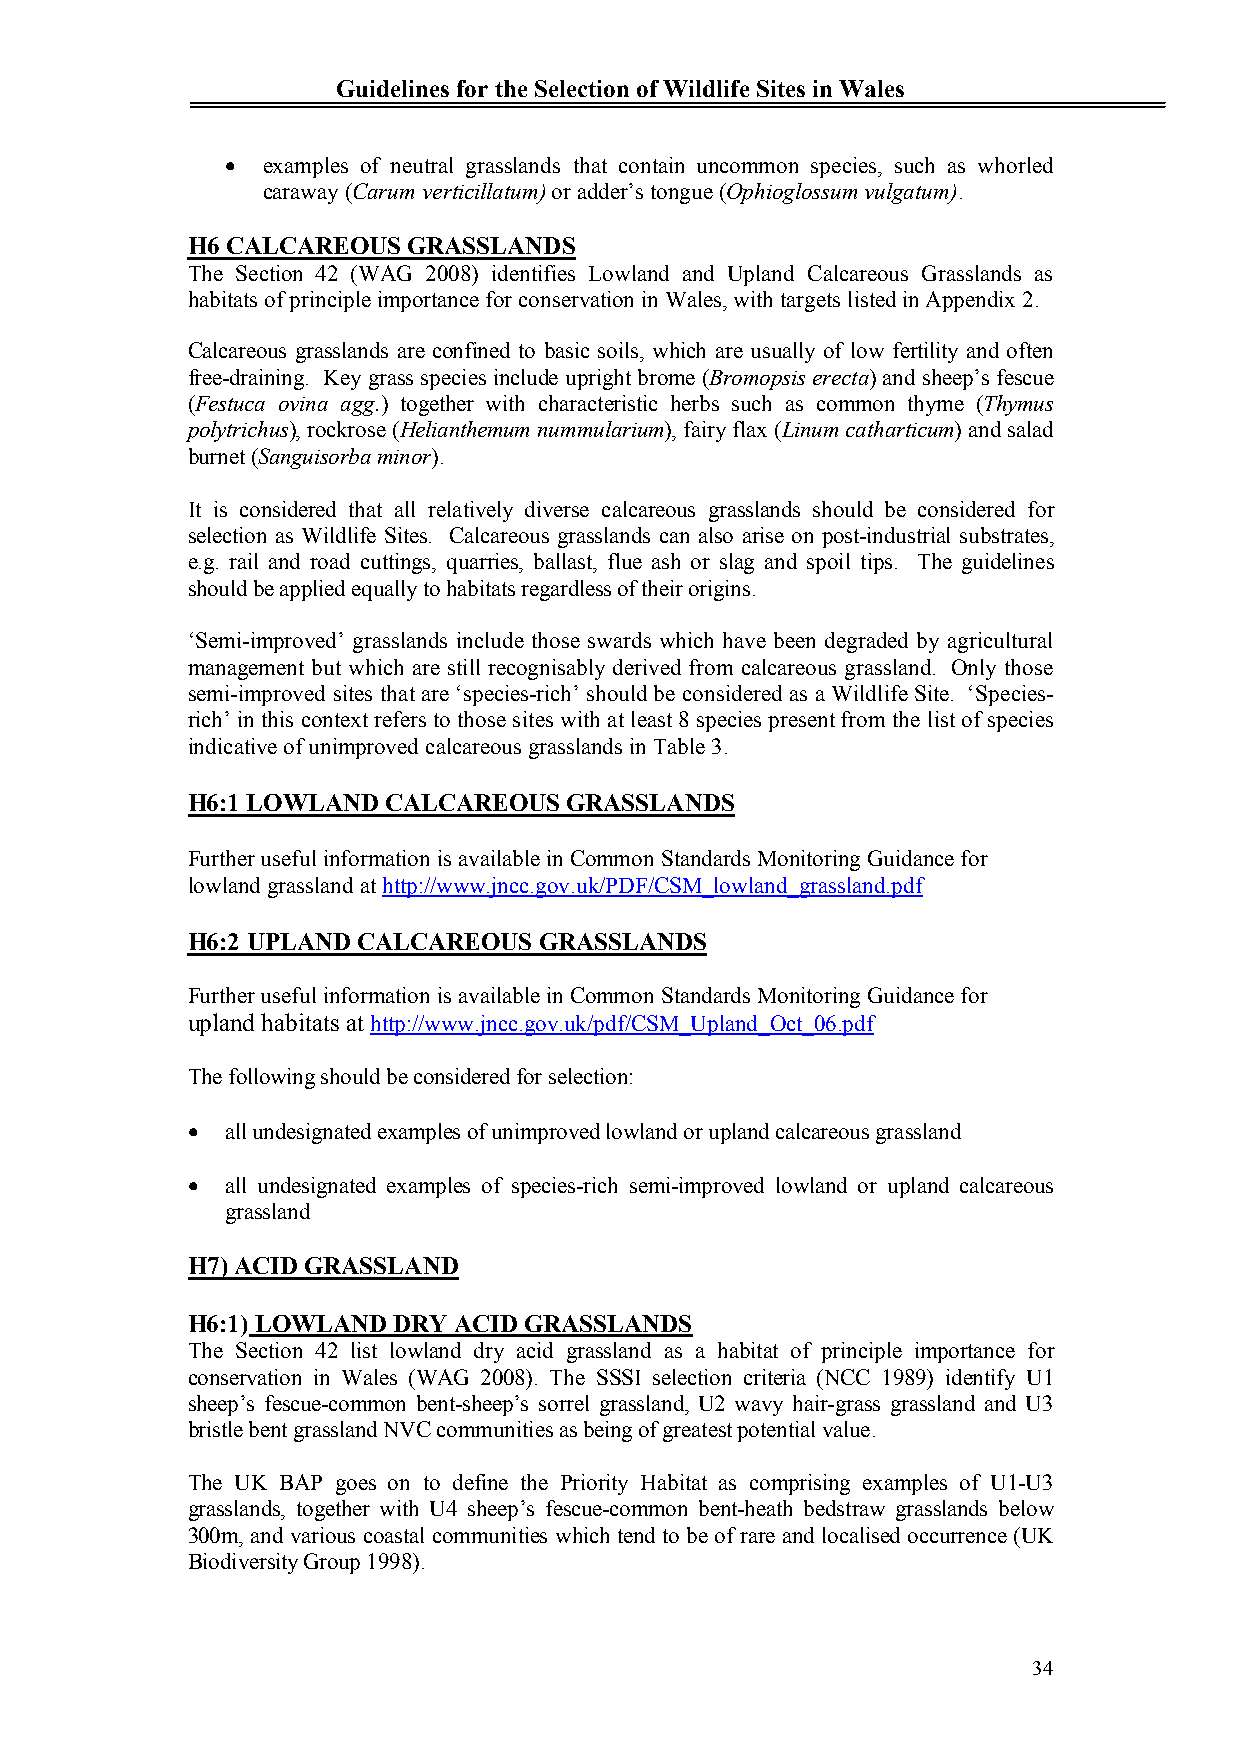
Guidelines for the Selection of Wildlife Sites in Wales
  examples of neutral grasslands that contain uncommon species, such as whorled
 caraway (Carum verticillatum) or adder’s tongue (Ophioglossum vulgatum).
 H6 CALCAREOUS  GRASSLANDS
 The Section 42 (WAG 2008) identifies Lowland and Upland Calcareous Grasslands as
 habitats ofprinciple importance for conservation in Wales, with targets listed in Appendix 2.
 Calcareous grasslands are confined to basic soils, which are usually of low fertility and often
 free-draining. Key grass species include upright brome (Bromopsis erecta) and sheep’s fescue
 (Festuca ovina agg.) together with characteristic herbs such as common thyme (Thymus
 polytrichus), rockrose (Helianthemum nummularium), fairy flax (Linum catharticum) and salad
 burnet (Sanguisorba minor).
 It is considered that all relatively diverse calcareous grasslands should be considered for
 selection as Wildlife Sites. Calcareous grasslands can also arise on post-industrial substrates,
 e.g. rail and road cuttings, quarries, ballast, flue ash or slag and spoil tips. The guidelines
 should be applied equally to habitats regardless of their origins.
 ‘Semi-improved’ grasslands include those swards which have been degraded by agricultural
 management but which are still recognisably derived from calcareous grassland. Only those
 semi-improved sites that are ‘species-rich’ should be considered as a Wildlife Site. ‘Species-
 rich’ in this context refers to those sites with at least 8 species present from the list of species
 indicative of unimproved calcareous grasslands in Table 3.
 H6:1 LOWLAND CALCAREOUS  GRASSLANDS
 Further useful information is available in Common Standards Monitoring Guidance for
 lowland grassland at http://www.jncc.gov.uk/PDF/CSM_lowland_grassland.pdf
 H6:2 UPLAND CALCAREOUS  GRASSLANDS
 Further useful information is available in Common Standards Monitoring Guidance for
 upland habitats at http://www.jncc.gov.uk/pdf/CSM_Upland_Oct_06.pdf
 The following should be considered for selection:
   all undesignated examples of unimproved lowland or upland calcareous grassland
   all undesignated examples of species-rich semi-improved lowland or upland calcareous
 grassland
 H7) ACID GRASSLAND
 H6:1) LOWLAND DRY ACID GRASSLANDS
 The Section 42 list lowland dry acid grassland as a habitat of principle importance for
 conservation in Wales (WAG 2008). The SSSI selection criteria (NCC 1989) identify U1
 sheep’s fescue-common bent-sheep’s sorrel grassland, U2 wavy hair-grass grassland and U3
 bristle bent grassland NVC communities as being of greatest potential value.
 The UK BAP goes on to define the Priority Habitat as comprising examples of U1-U3
 grasslands, together with U4 sheep’s fescue-common bent-heath bedstraw grasslands below
 300m, and various coastal communities which tend to be of rare and localised occurrence (UK
 Biodiversity Group 1998).
 34